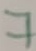
Text: 7